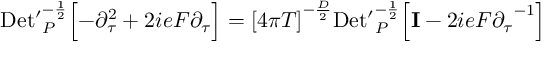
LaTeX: \mathrm { D e t ^ { \prime } } _ { P } ^ { - { \frac { 1 } { 2 } } } \Bigl [ - { \partial } _ { \tau } ^ { 2 } + 2 i e F { \partial } _ { \tau } \Bigr ] = { \lbrack 4 \pi T \rbrack } ^ { - { \frac { D } { 2 } } } \mathrm { D e t ^ { \prime } } _ { P } ^ { - { \frac { 1 } { 2 } } } \Bigl [ { \bf I } - 2 i e F { { \partial } _ { \tau } } ^ { - 1 } \Bigr ] \quad